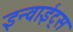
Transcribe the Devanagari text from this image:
इन्वाईट्स